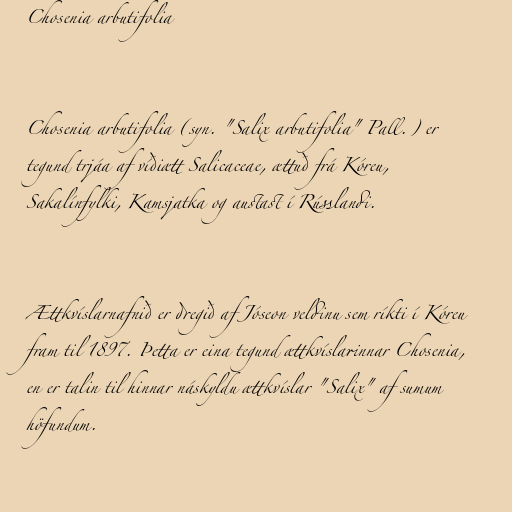
Chosenia arbutifolia

Chosenia arbutifolia (syn. "Salix arbutifolia" Pall.) er
tegund trjáa af víðiætt Salicaceae, ættuð frá Kóreu,
Sakalínfylki, Kamsjatka og austast í Rússlandi.

Ættkvíslarnafnið er dregið af Jóseon veldinu sem ríkti í Kóreu
fram til 1897. Þetta er eina tegund ættkvíslarinnar Chosenia,
en er talin til hinnar náskyldu ættkvíslar "Salix" af sumum
höfundum.